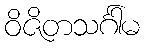
ဝိဇိတသင်္ဂါမ